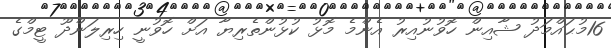
16މުޙައްމަދު ޝާއިން ހޮވުނުއިރު އެންމެ މޮޅު ކުޅުންތެރިޔާ އަށް ހޮވުނީ ހިރިލަންދޫ ޓީމްގެ